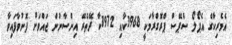
އެމެރިކާގެ އެޕޯލޯ ސްޕޭސް ޕްރޮގްރާމަކީ 1968ކާއި 1972ކާ ދޭތެރޭ އިންސާނުން ޖައްވަށް ފޮނުވާފައިވާ